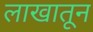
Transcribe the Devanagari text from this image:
लाखातून